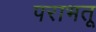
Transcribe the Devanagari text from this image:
पराभतू